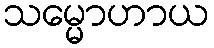
သမ္မောဟာယ